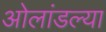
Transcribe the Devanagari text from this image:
ओलांडल्या